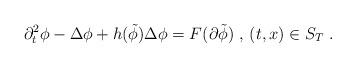
LaTeX: \begin{align*} \partial_t^2 \phi - \Delta \phi + h({\tilde \phi})\Delta \phi= F(\partial {\tilde \phi})\ , \, (t,x)\in S_T\ .\end{align*}